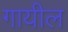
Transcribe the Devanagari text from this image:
गायील